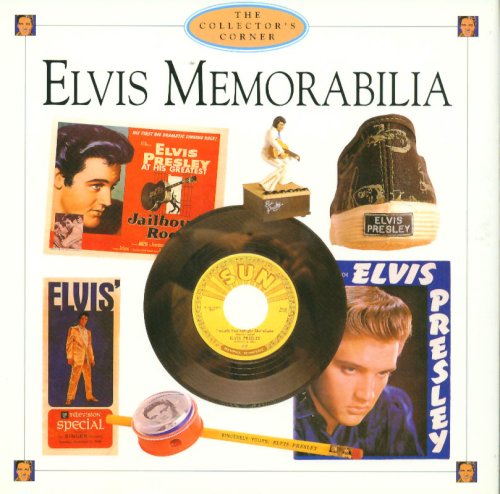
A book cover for Elvis Memorabilia (Collector's Corner); The Editorial Team staff; Crafts, Hobbies & Home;